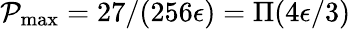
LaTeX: \mathcal{P}_{\operatorname*{max}}=27/(256\epsilon)=\Pi(4\epsilon/3)